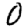
Digit: 0